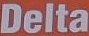
Delta